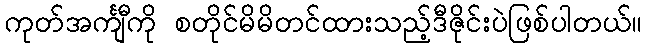
ကုတ်အင်္ကျီကို စတိုင်မိမိတင်ထားသည့်ဒီဇိုင်းပဲဖြစ်ပါတယ်။